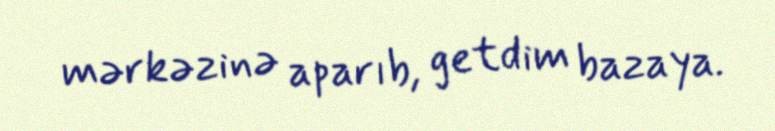
mərkəzinə aparıb, getdim bazaya.